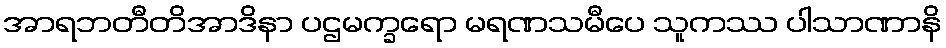
အာရဘတီတိအာဒိနာ ပဌမက္ခရော မရဏသမီပေ သူကဿ ပါသာဏာနိ